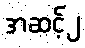
အဆင့်၂